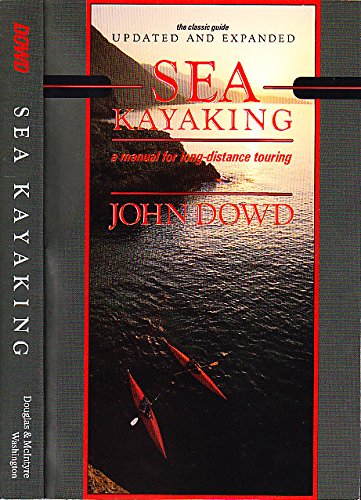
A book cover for Sea Kayaking; John Dowd; Sports & Outdoors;